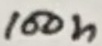
Text: 100n